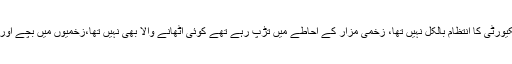
عینی شاہدین کا کہنا ہے کہ سکیورٹی کا انتظام بالکل نہیں تھا، زخمی مزار کے احاطے میں تڑپ رہے تھے کوئی اٹھانے والا بھی نہیں تھا،زخمیوں میں بچے اور بوڑھے اور خواتین شامل ہیں۔